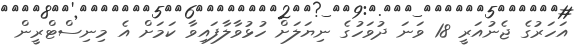
އަހަރުގެ ޖެނުއަރީ 18 ވަނަ ދުވަހުގެ ނިޔަލަށް ހުޅުވާލާފައިވާ ކަމަށް އެ މިނިސްޓްރީން